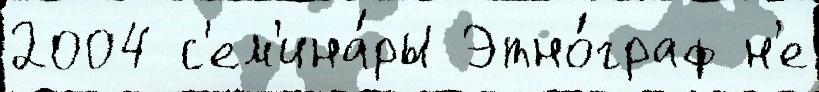
2004 с'ем'ина́ры Этно́граф н'е